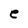
Character: e